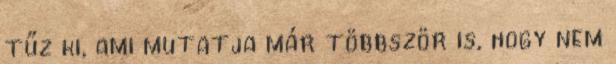
tűz ki, ami mutatja már többször is, hogy nem